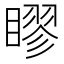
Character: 𥉾